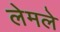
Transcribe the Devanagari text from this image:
लेमले